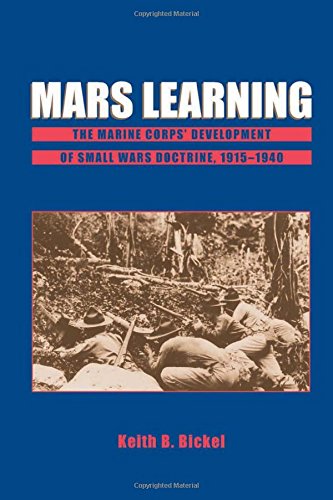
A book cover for Mars Learning: The Marine Corp's Development of Small Wars Doctrine, 1915-1940; Keith B. Bickel; Science & Math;